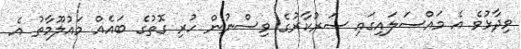
ވިދާޅުވެ އެ މައްސަލައިގައި ސަރުކާރުގެ ވިސްނުން ހުރި ގޮތުގެ ބައެއް މައުލޫމާތު އެ